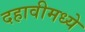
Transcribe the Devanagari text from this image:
दहावीमध्ये